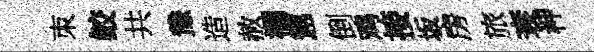
朿鲛共豫造赦襴懲倒鸡接坂房旅衰柙